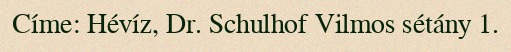
Címe: Hévíz, Dr. Schulhof Vilmos sétány 1.